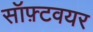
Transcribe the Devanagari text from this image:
सॉफ़्टवयर